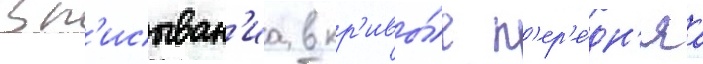
вп'исыван'иа в кр'ивы́е п'ер'е́дн'яа